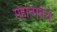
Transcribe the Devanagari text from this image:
महात्मतेचे